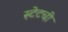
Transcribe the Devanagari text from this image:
स्टेटची